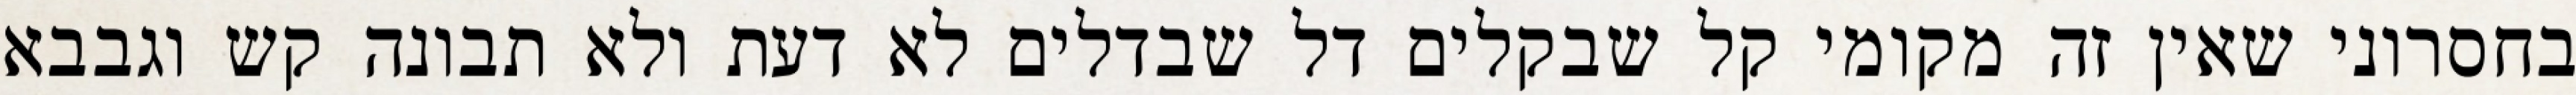
בחסרוני שאין זה מקומי קל שבקלים דל שבדלים לא דעת ולא תבונה קש וגבבא